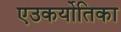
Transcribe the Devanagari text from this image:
एउकर्योतिका